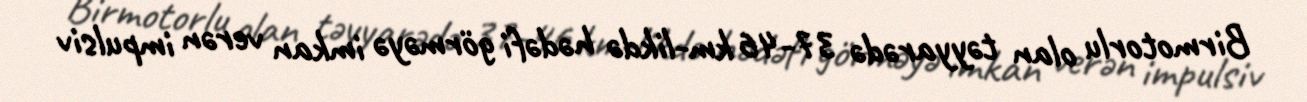
Birmotorlu olan təyyarədə 37-46 km-likdə hədəfi görməyə imkan verən impulsiv